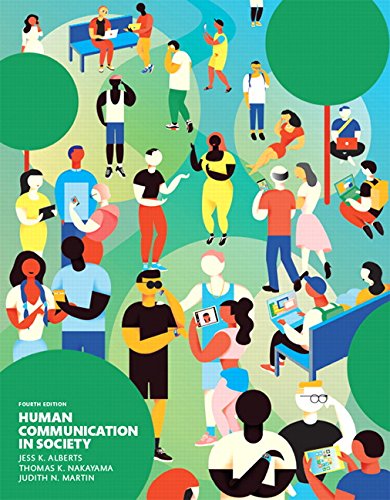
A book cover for Human Communication in Society (4th Edition); Jess K. Alberts; Humor & Entertainment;